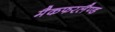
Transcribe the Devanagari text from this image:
मैकफरलैण्ड